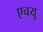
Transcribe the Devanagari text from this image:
एचयू